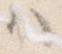
ハ